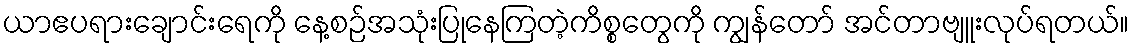
ယာဧပရားချောင်းရေကို နေ့စဉ်အသုံးပြုနေကြတဲ့ကိစ္စတွေကို ကျွန်တော် အင်တာဗျူးလုပ်ရတယ်။